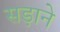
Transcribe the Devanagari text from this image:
सड़ाने